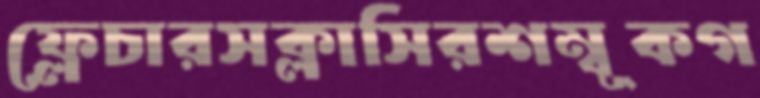
ফ্লেচারসক্লাসিরশম্বূকগ